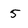
Character: 5